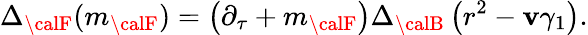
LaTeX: \Delta_{\calF}(m_{\calF})=\left(\partial_{\tau}+m_{\calF}\right)\Delta_{\calB}\left(r^{2}-\mathbf{v}\gamma_{1}\right).